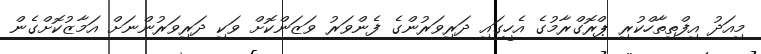
މިއަދު އިފްތިތާހްކުރި ޕްރޮގްރާމުގެ އެހީގައި ދަރިވަރުންގެ ފެންވަރު ވަޒަންކޮށް ވަކި ދަރިވަރުންނަށް އަމާޒުކޮށްގެން